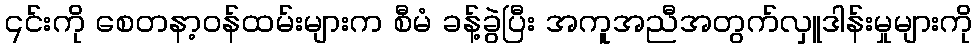
၎င်းကို စေတနာ့ဝန်ထမ်းများက စီမံ ခန့်ခွဲပြီး အကူအညီအတွက်လှူဒါန်းမှုများကို